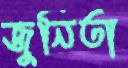
জুনিতা